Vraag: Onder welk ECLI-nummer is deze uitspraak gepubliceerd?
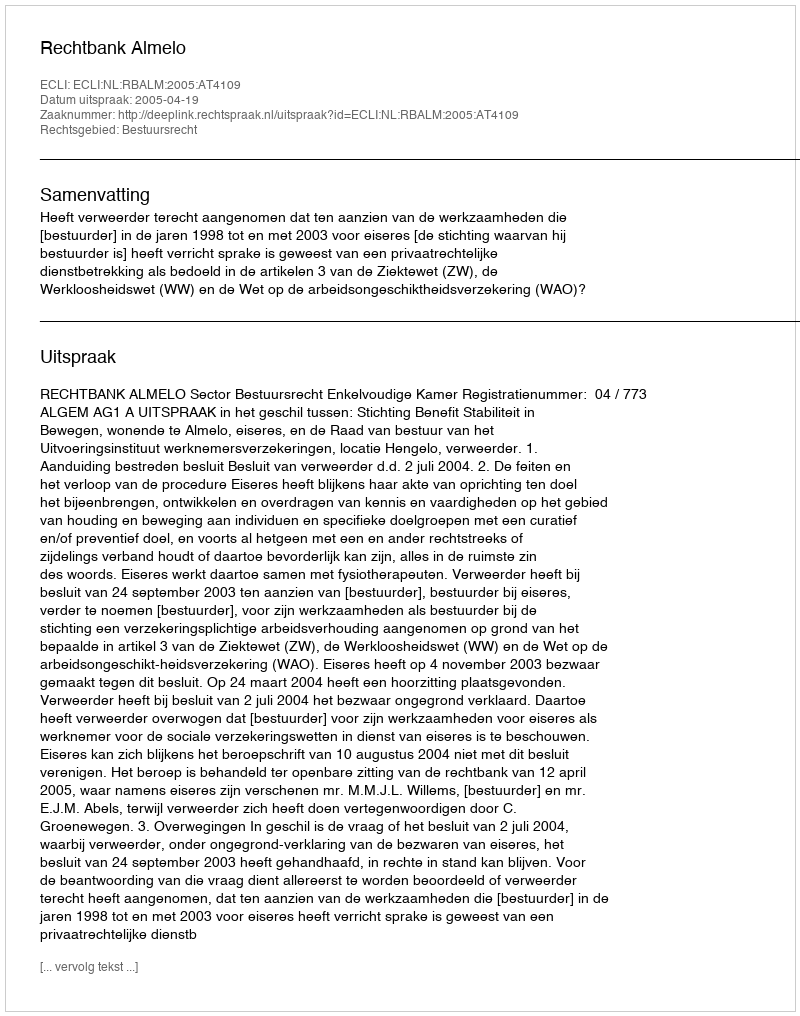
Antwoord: ECLI:NL:RBALM:2005:AT4109